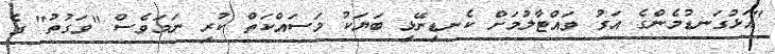
"އަޅުގަނޑުމެންގެ އަގު ވައްޓާލުމަށް ކެނޑިނޭޅި ބަޔަކު މަސައްކަތް ކުރި ނަމަވެސް "ވަގުތު" ގެ